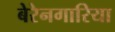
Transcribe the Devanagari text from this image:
बेरेनगारिया